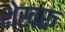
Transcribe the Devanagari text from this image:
शेखरू